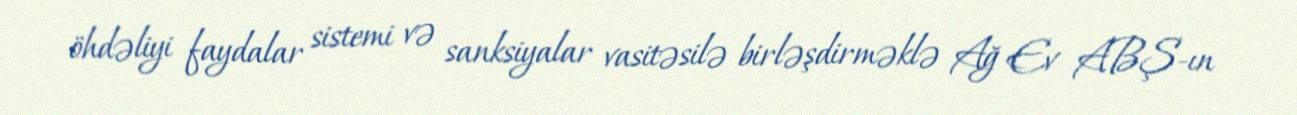
öhdəliyi faydalar sistemi və sanksiyalar vasitəsilə birləşdirməklə Ağ Ev ABŞ-ın